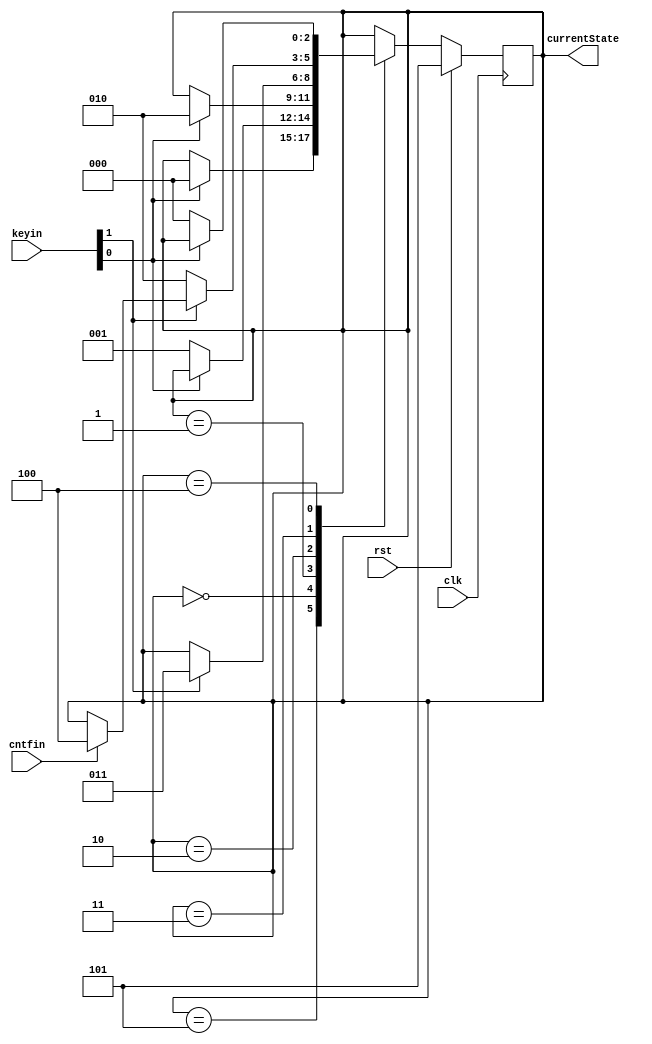
module TimerController(input clk, input rst, input [1:0] keyin, input cntfin, output[2:0] currentState);

	parameter setSec = 3'b000;
	parameter setMin = 3'b001;
	parameter stop = 3'b010;
	parameter start = 3'b011;
	parameter finish = 3'b100;
	parameter reset = 3'b101;

	reg [2:0] state;
	
	assign currentState = state;

	always @(posedge clk) begin
		if (rst) begin
			state = reset;
		end
		else begin 
			case(state)
				reset: begin
					if(keyin[0]) state = setSec;
					else	state = state;
				end

				setSec: begin
					if(~keyin[0]) state = setMin; 
					else   state = state;
				end

				setMin: begin
					if(keyin[0]) state = stop;
					else   state = state;
				end

				stop: begin 
					if(keyin[1]) state = start;
					else	state = state;
				end

				start: begin
					if (~keyin[1]) state = stop;
					else	if (cntfin) state = finish;
					state = state;
				end

				finish: begin
					if(~keyin[0]) state = setSec;
					else 		state = state; 
				end
			endcase
		end
	end
endmodule